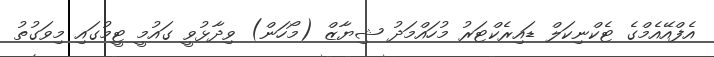
އެފްއޭއެމްގެ ޓެކްނިކަލް ޑައިރެކްޓަރު މުހައްމަދު ޝިޔާޒް (މޯހަން) ވިދާޅުވީ ގައުމީ ޓީމުގައި މިވަގުތު